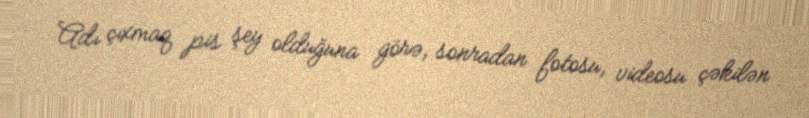
Adı çıxmaq pis şey olduğuna görə, sonradan fotosu, videosu çəkilən